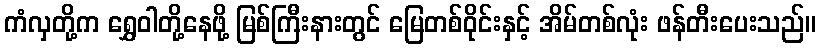
ကံလှတို့က ရွှေဝါတို့နေဖို့ မြစ်ကြီးနားတွင် မြေတစ်ဝိုင်းနှင့် အိမ်တစ်လုံး ဖန်တီးပေးသည်။